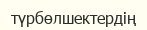
түрбөлшектердің